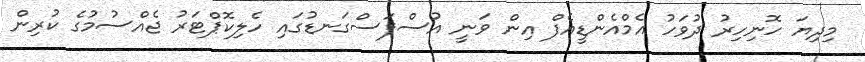
މިދިޔަ ހޮނިހިރު ދުވަހު އެމްއެންޑީއެފް އިން ވަނީ އުސްފަސްގަނޑުގައި ހެލިކޮޕްޓަރު ޖެއްސުމުގެ ކުރިން